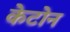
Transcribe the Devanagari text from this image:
केटोन